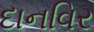
દાનવિર